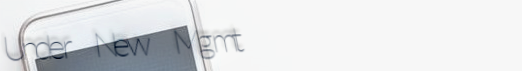
Under New Mgmt